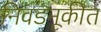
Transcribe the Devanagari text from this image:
निवडनूकीत